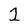
Character: 1